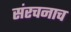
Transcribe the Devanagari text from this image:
संरचनाच